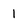
Character: 1